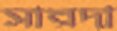
সারদা